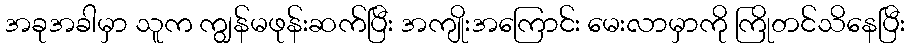
အခုအခါမှာ သူက ကျွန်မဖုန်းဆက်ပြီး အကျိုးအကြောင်း မေးလာမှာကို ကြိုတင်သိနေပြီး